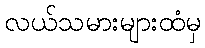
လယ်သမားများထံမှ